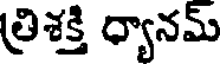
త్రిశక్తి ధ్యానమ్